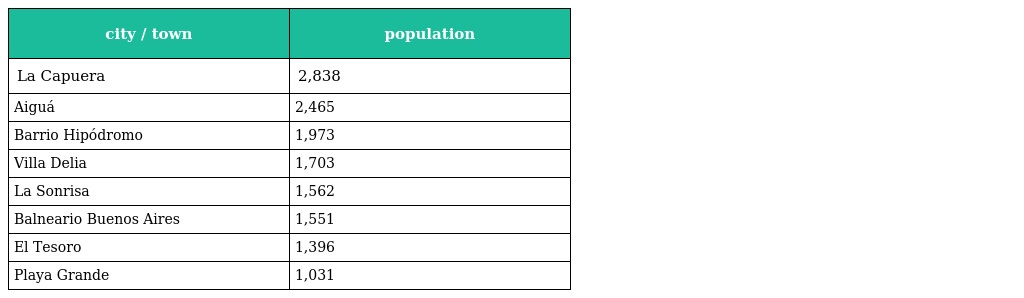
| city / town | population |
 | --- | --- |
 | La Capuera | 2,838 |
 | Aiguá | 2,465 |
 | Barrio Hipódromo | 1,973 |
 | Villa Delia | 1,703 |
 | La Sonrisa | 1,562 |
 | Balneario Buenos Aires | 1,551 |
 | El Tesoro | 1,396 |
 | Playa Grande | 1,031 |